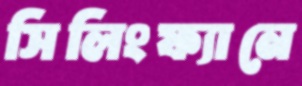
সিলিংফ্যানে